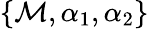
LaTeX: \{ \mathcal{M},\alpha_{1},\alpha_{2}\}